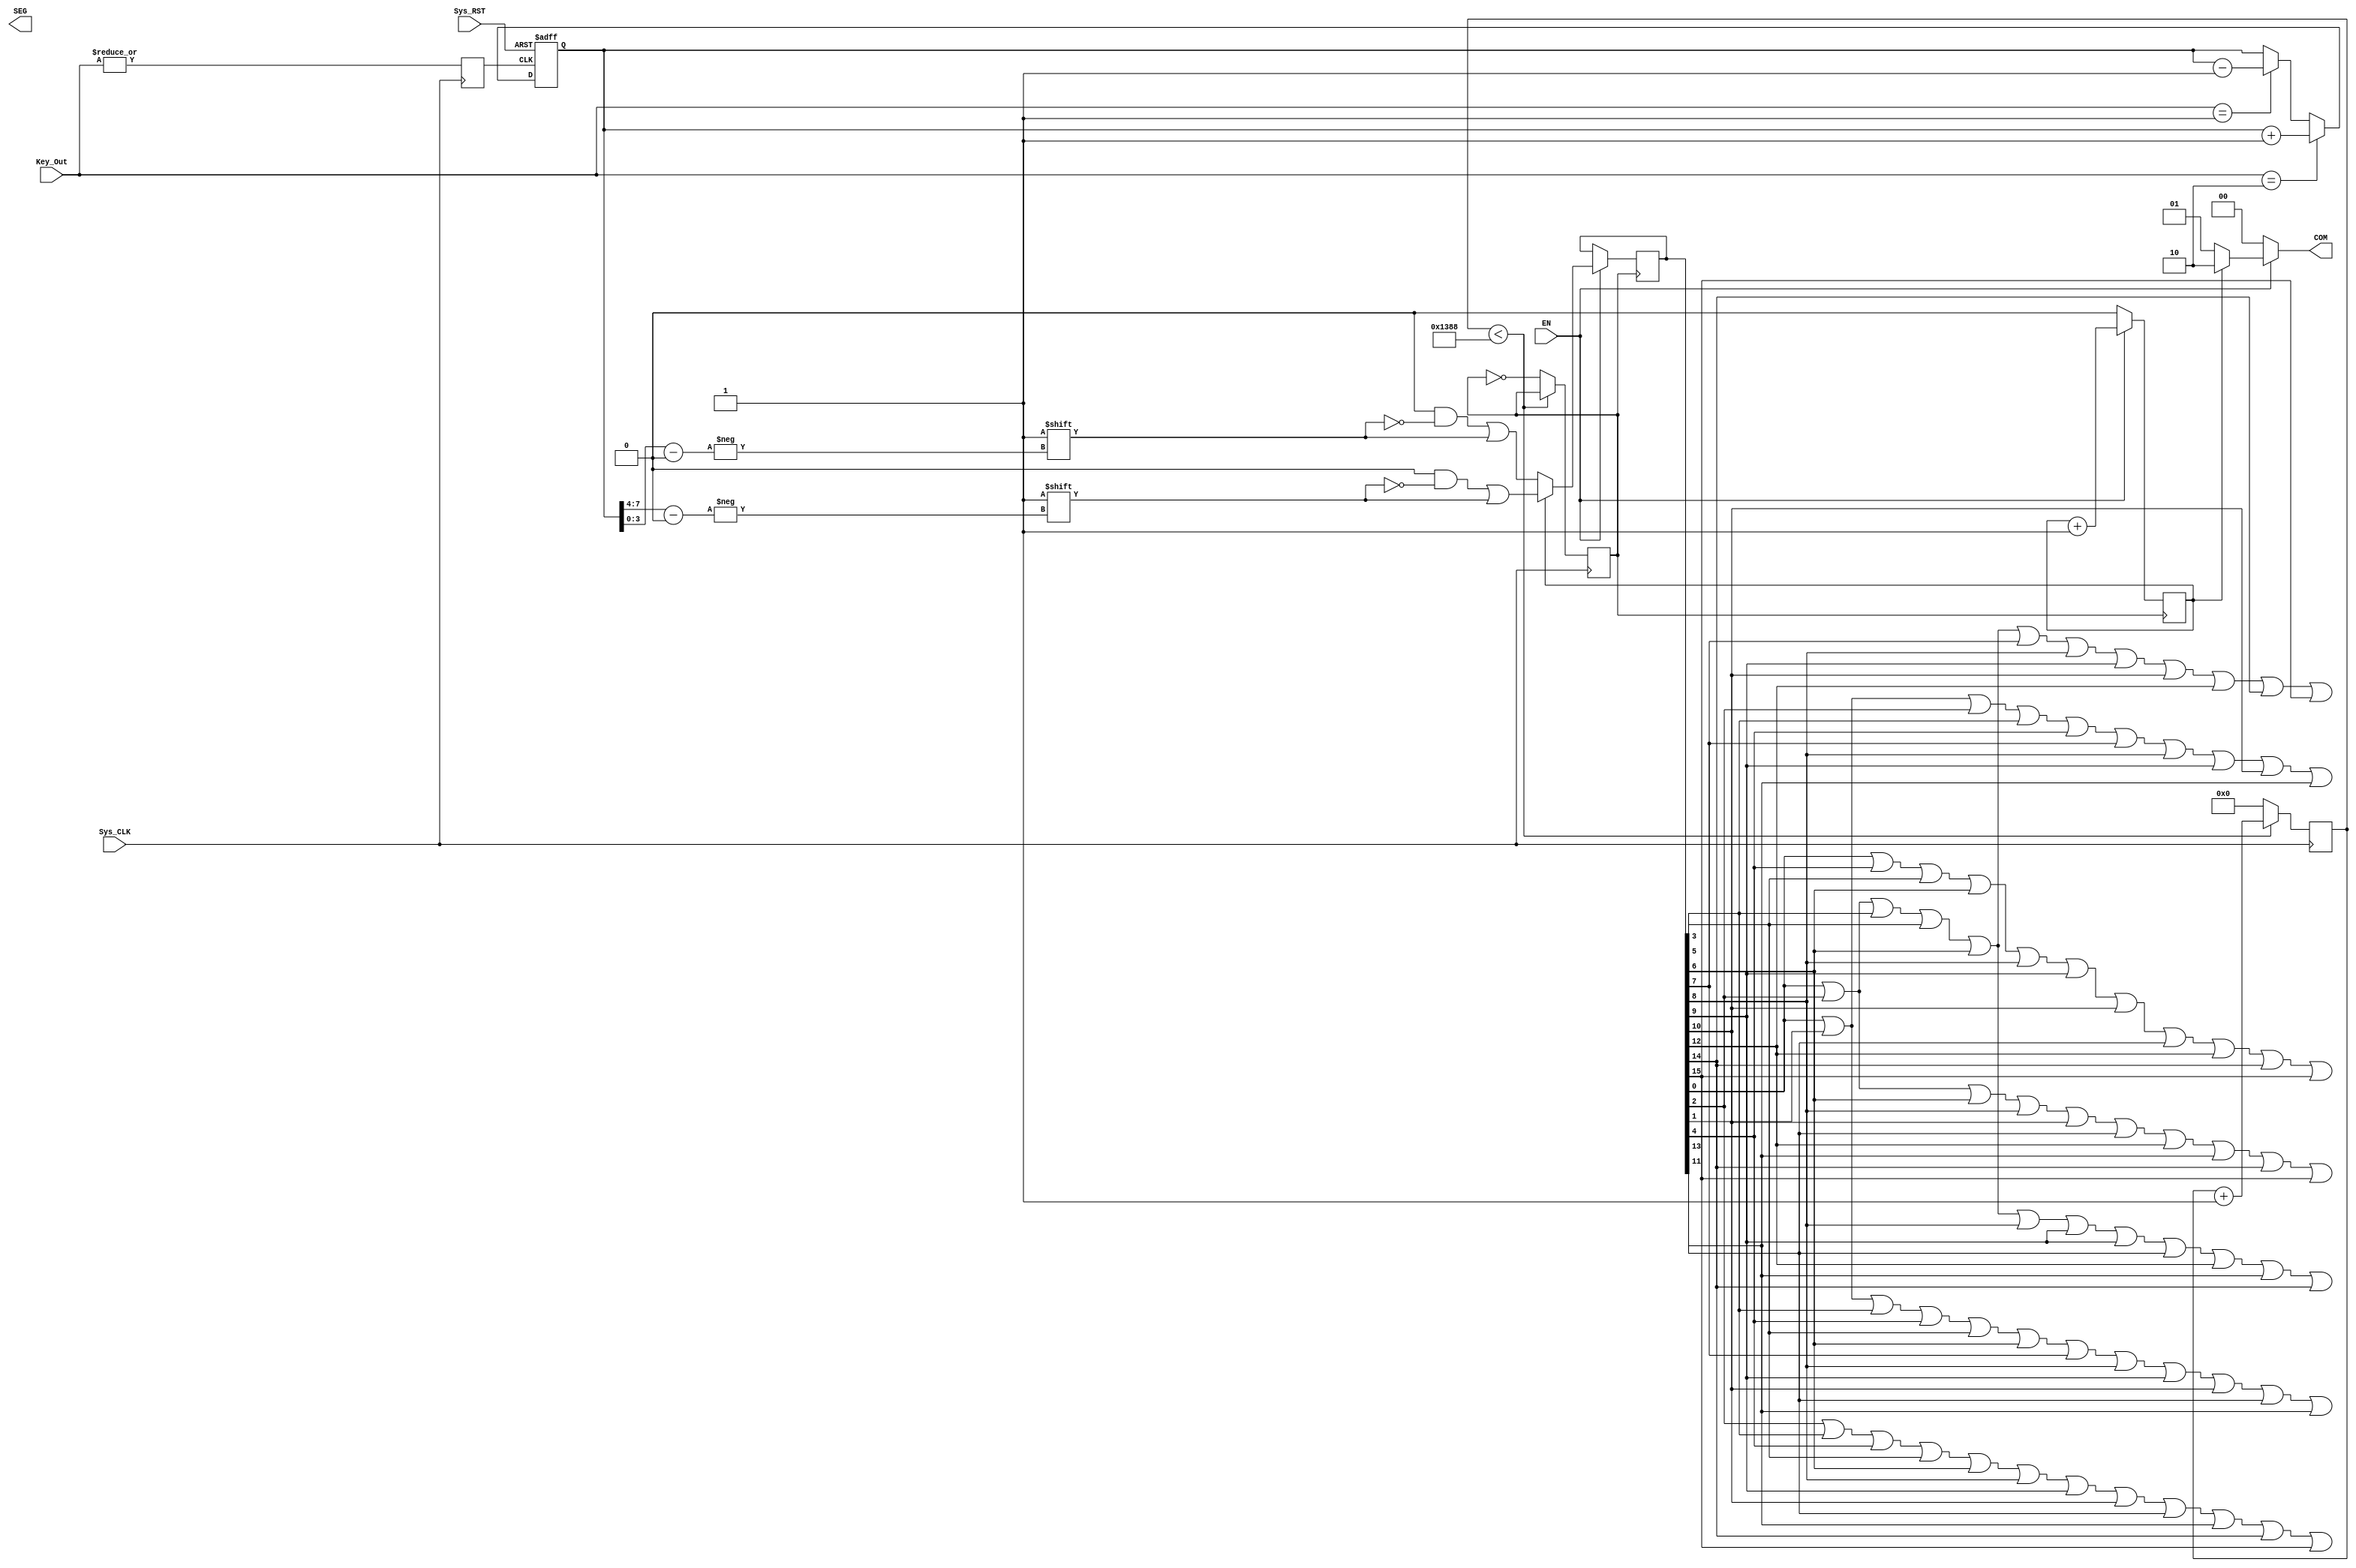
module LED_Nixietube(Sys_CLK,Sys_RST,EN,COM,SEG,Key_Out);

//------Key_DetectionLEDRESET------

input Sys_CLK;
input Sys_RST;
input EN;
input [1:0]Key_Out;
output [1:0]COM;
output [7:0]SEG;


reg [7:0]Num_Display;
reg COM_Cnt;
reg Key_Signal; //

reg Div_CLK;
reg [12:0]Div_Cnt;

reg [15:0]Num; //f-0
wire [7:0]SEG; //

//parameter Display_0 = 8'b11111100;
//parameter Display_1 = 8'b01100000;
//parameter Display_2 = 8'b11011010;
//parameter Display_3 = 8'b11110010;
//parameter Display_4 = 8'b01100110;
//parameter Display_5 = 8'b10110110;
//parameter Display_6 = 8'b10111110;
//parameter Display_7 = 8'b11100000;
//parameter Display_8 = 8'b11111110;
//parameter Display_9 = 8'b11110110;
//
//parameter Display_a = 8'b11101110;
//parameter Display_b = 8'b00111110;
//parameter Display_c = 8'b10011100;
//parameter Display_d = 8'b01111010;
//parameter Display_e = 8'b10011110;
//parameter Display_f = 8'b10001110;

parameter Display_DP = 8'b00000001;

assign COM = (EN)?((COM_Cnt)?2'b10:2'b01):2'b00;

//
or OR7(SEG[7],Num[0],Num[2],Num[3],Num[5],Num[6],Num[7],Num[8],Num[9],Num[10],Num[12],Num[14],Num[15]);
or OR6(SEG[6],Num[0],Num[1],Num[2],Num[3],Num[4],Num[7],Num[8],Num[9],Num[10],Num[13]);
or OR5(SEG[5],Num[0],Num[1],Num[3],Num[4],Num[5],Num[6],Num[7],Num[8],Num[9],Num[10],Num[11],Num[13]);
or OR4(SEG[4],Num[0],Num[2],Num[3],Num[5],Num[6],Num[8],Num[9],Num[9],Num[11],Num[12],Num[13],Num[14]);
or OR3(SEG[3],Num[0],Num[2],Num[6],Num[8],Num[10],Num[11],Num[12],Num[13],Num[14],Num[15]);
or OR2(SEG[2],Num[0],Num[4],Num[5],Num[6],Num[8],Num[9],Num[10],Num[11],Num[12],Num[14],Num[15]);
or OR1(SEG[1],Num[2],Num[3],Num[4],Num[5],Num[6],Num[8],Num[9],Num[10],Num[11],Num[13],Num[14],Num[15]);

initial
begin
	COM_Cnt <= 1'b0;
	Div_CLK <= 1'b0;
	Div_Cnt <= 13'b0;
	Num_Display <= 8'b0; //
	Num[15:0] <= 16'b0000_0000_0000_0001; //0
end

always@(posedge Sys_CLK)
	Key_Signal = |Key_Out;

always@(posedge Key_Signal or negedge Sys_RST)
begin
	if(!Sys_RST)
		Num_Display <= 8'b0;
	else
		begin
			if(Key_Out == 2'b10)
				Num_Display <= Num_Display + 1'b1;
			else if (Key_Out == 2'b01)
				Num_Display <= Num_Display - 1'b1;
			else
				Num_Display <= Num_Display;
		end
end

always@(posedge Sys_CLK)
begin
	if(Div_Cnt < 13'd5000)
		Div_Cnt = Div_Cnt + 1'b1;
	else
	begin
		Div_CLK = ~Div_CLK;
		Div_Cnt = 13'b0;
	end
end

always@(posedge Div_CLK)
begin
	if(EN)
	begin
		if(COM_Cnt) //
			begin
				Num[15:0] = 16'b0; 
				Num[Num_Display[7:4]] = 1'b1; 
			end
		else
			begin
				Num[15:0] = 16'b0; 
				Num[Num_Display[3:0]] = 1'b1; 
			end
		COM_Cnt = COM_Cnt + 1'b1;
	end
	else 
		COM_Cnt = 1'b0;
end

endmodule